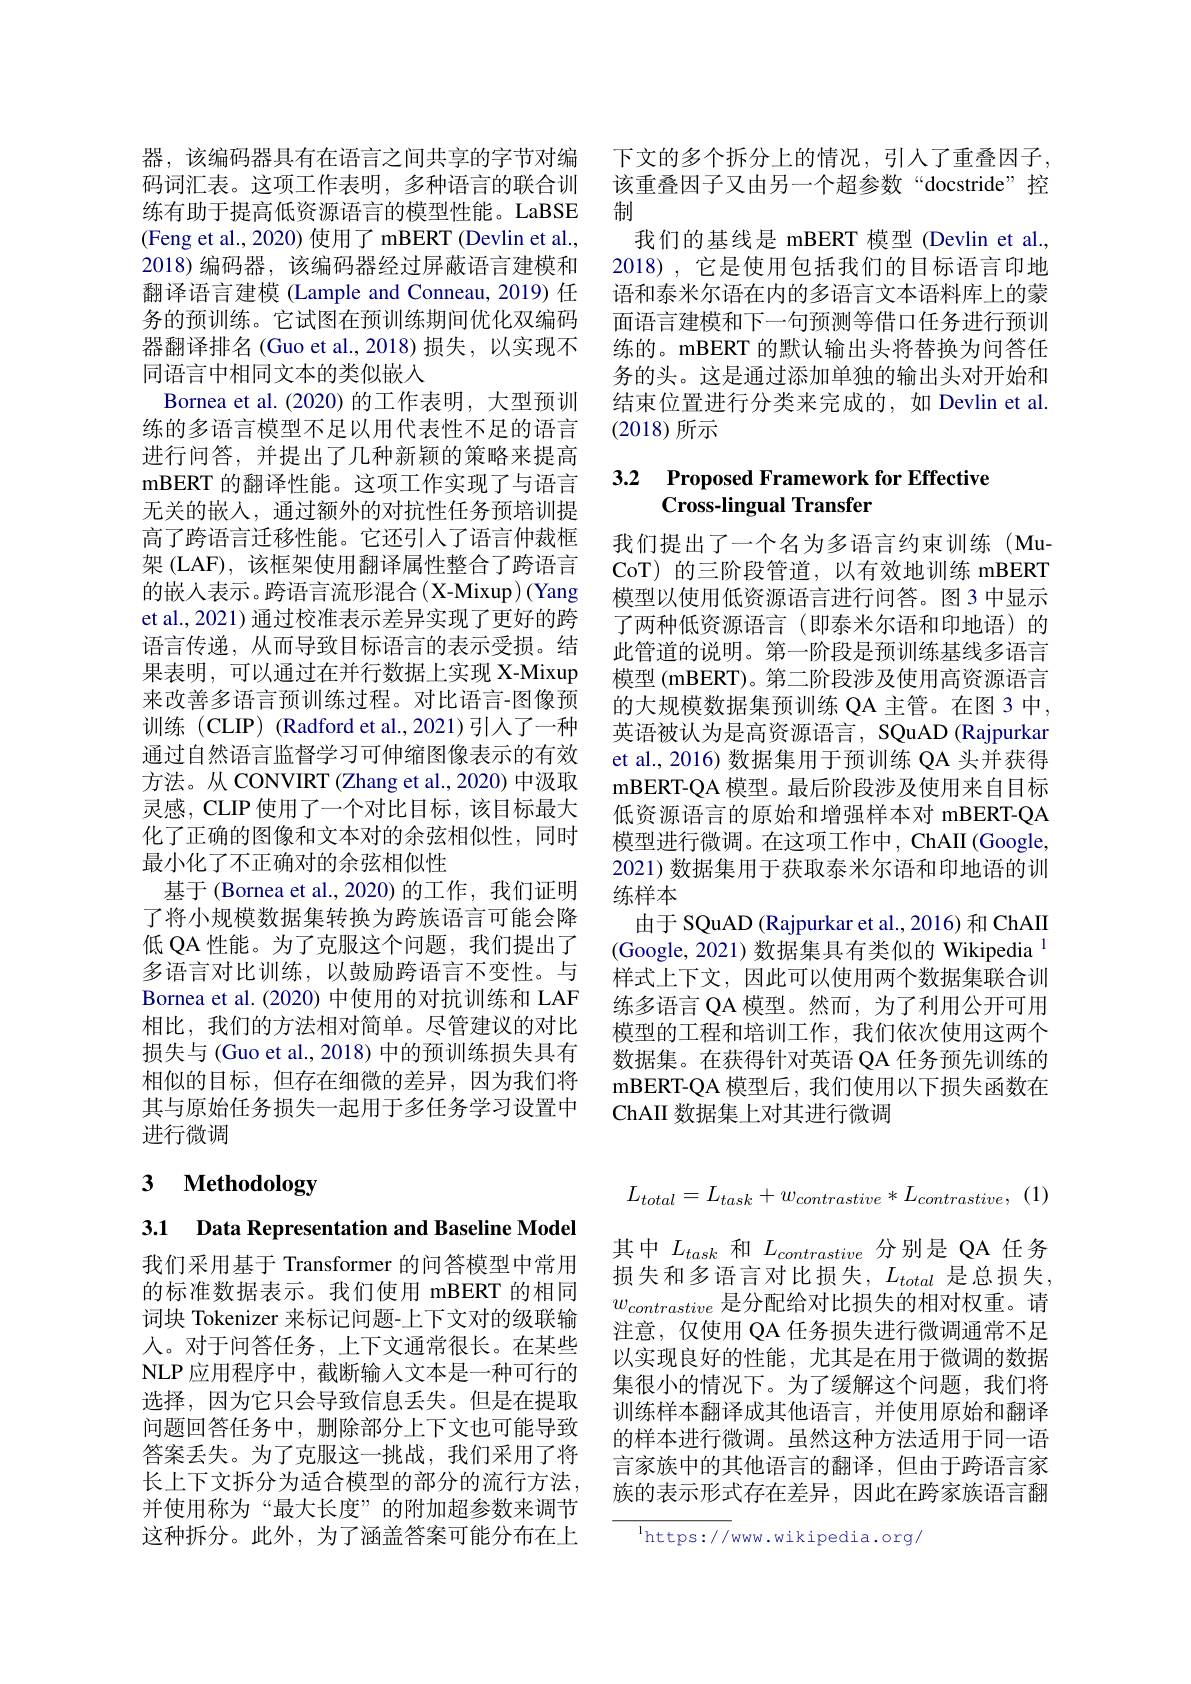
器，该编码器具有在语言之间共享的字节对编码词汇表。这项工作表明，多种语言的联合训练有助于提高低资源语言的模型性能。LaBSE (Feng et al., 2020) 使用了 mBERT (Devlin et al., 2018)编码器，该编码器经过屏蔽语言建模和翻译语言建模 (Lample and Conneau, 2019) 任务的预训练。它试图在预训练期间优化双编码器翻译排名(Guo et al.,2018)损失，以实现不同语言中相同文本的类似嵌入
Bornea et al. (2020) 的工作表明，大型预训练的多语言模型不足以用代表性不足的语言进行问答，并提出了几种新颖的策略来提高mBERT 的翻译性能。这项工作实现了与语言无关的嵌入，通过额外的对抗性任务预培训提高了跨语言迁移性能。它还引入了语言仲裁框架 (LAF), 该框架使用翻译属性整合了跨语言的嵌入表示。跨语言流形混合(X-Mixup)(Yang et al., 2021) 通过校准表示差异实现了更好的跨语言传递，从而导致目标语言的表示受损。结果表明，可以通过在并行数据上实现 X-Mixup 来改善多语言预训练过程。对比语言-图像预训练(CLIP) (Radford et al.,2021)引人了一种通过自然语言监督学习可伸缩图像表示的有效方法。从 CONVIRT (Zhang et al., 2020) 中汲取灵感，CLIP 使用了一个对比目标，该目标最大化了正确的图像和文本对的余弦相似性，同时最小化了不正确对的余弦相似性
基于 (Bornea et al.,2020) 的工作，我们证明了将小规模数据集转换为跨族语言可能会降低 QA 性能。为了克服这个问题，我们提出了多语言对比训练，以鼓励跨语言不变性。与Bornea et al.(2020) 中使用的对抗训练和 LAF 相比，我们的方法相对简单。尽管建议的对比损失与 (Guo et al., 2018) 中的预训练损失具有相似的目标，但存在细微的差异，因为我们将其与原始任务损失一起用于多任务学习设置中进行微调

## 3 $\textbf{Methodology}$

3.1 Data Representation and Baseline Model

我们采用基于 Transformer 的问答模型中常用的标准数据表示。我们使用 mBERT 的相同词块 Tokenizer 来标记问题-上下文对的级联输人。对于问答任务，上下文通常很长。在某些NLP 应用程序中，截断输人文本是一种可行的选择，因为它只会导致信息丢失。但是在提取问题回答任务中，删除部分上下文也可能导致答案丢失。为了克服这一挑战，我们采用了将长上下文拆分为适合模型的部分的流行方法， 并使用称为“最大长度”的附加超参数来调节这种拆分。此外，为了涵盖答案可能分布在上

下文的多个拆分上的情况，引人了重叠因子， 该重叠因子又由另一个超参数“docstride”控制
我们的基线是 mBERT 模型 (Devlin et al., 2018),它是使用包括我们的目标语言印地语和泰米尔语在内的多语言文本语料库上的蒙面语言建模和下一句预测等借口任务进行预训练的。mBERT 的默认输出头将替换为问答任务的头。这是通过添加单独的输出头对开始和结束位置进行分类来完成的，如 Devlin et al. (2018)所示

### 3.2 Proposed Framework for Effective Cross-lingual Transfer

我们提出了一个名为多语言约束训练(MuCoT) 的三阶段管道，以有效地训练 mBERT 模型以使用低资源语言进行问答。图3 中显示了两种低资源语言(即泰米尔语和印地语)的此管道的说明。第一阶段是预训练基线多语言模型 (mBERT)。第二阶段涉及使用高资源语言的大规模数据集预训练 QA 主管。在图 3 中， 英语被认为是高资源语言，SQuAD (Rajpurkar et al., 2016) 数据集用于预训练 QA 头并获得mBERT- QA 模型。最后阶段涉及使用来自目标低资源语言的原始和增强样本对 mBERT-QA 模型进行微调。在这项工作中，ChAII (Google, 2021) 数据集用于获取泰米尔语和印地语的训练样本
由于 SQuAD (Rajpurkar et al., 2016) 和 ChAII (Google, 2021) 数据集具有类似的 Wikipedia $^{1}$ 样式上下文，因此可以使用两个数据集联合训练多语言 QA 模型。然而，为了利用公开可用模型的工程和培训工作，我们依次使用这两个数据集。在获得针对英语 QA 任务预先训练的mBERT- QA 模 型 后 , 我 们 使 用 以 下 损 失 函 数 在 ChAII 数据集上对其进行微调
$$L_{total}=L_{task}+w_{contrastive}*L_{contrastive},\:(1)$$
其中$L_{task}$和$L_{contrastive}$分别是 QA 任务损失和多语言对比损失，$L_{total}$是总损失， $w_{contrastive}$是分配给对比损失的相对权重。请注意，仅使用 QA 任务损失进行微调通常不足以实现良好的性能，尤其是在用于微调的数据集很小的情况下。为了缓解这个问题，我们将训练样本翻译成其他语言，并使用原始和翻译的样本进行微调。虽然这种方法适用于同一语言家族中的其他语言的翻译，但由于跨语言家族的表示形式存在差异，因此在跨家族语言翻

$^{\mathrm{l}}$https://www.wikipedia.org,